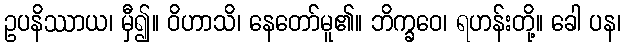
ဥပနိဿာယ၊ မှီ၍။ ဝိဟာသိ၊ နေတော်မူ၏။ ဘိက္ခဝေ၊ ရဟန်းတို့။ ခေါ ပန၊